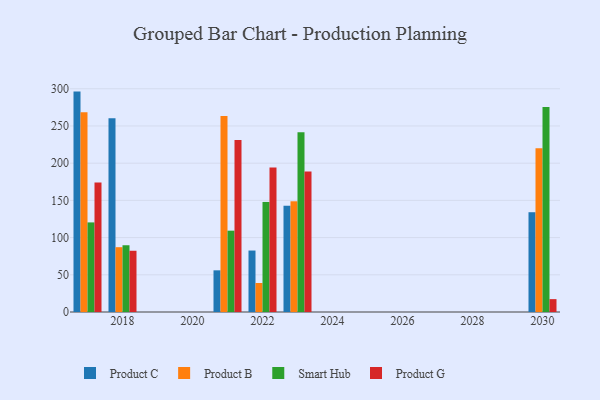
{"axis": {"x": "Year", "y": "Satisfaction Score"}, "legend": ["Product B", "Product C", "Product G", "Smart Hub"], "data": [{"x": "2022", "y": 82.6, "type": "Product C"}, {"x": "2022", "y": 39.0, "type": "Product B"}, {"x": "2022", "y": 147.9, "type": "Smart Hub"}, {"x": "2022", "y": 194.3, "type": "Product G"}, {"x": "2030", "y": 134.1, "type": "Product C"}, {"x": "2030", "y": 220.1, "type": "Product B"}, {"x": "2030", "y": 275.6, "type": "Smart Hub"}, {"x": "2030", "y": 17.3, "type": "Product G"}, {"x": "2023", "y": 142.8, "type": "Product C"}, {"x": "2023", "y": 148.8, "type": "Product B"}, {"x": "2023", "y": 241.5, "type": "Smart Hub"}, {"x": "2023", "y": 188.8, "type": "Product G"}, {"x": "2017", "y": 296.2, "type": "Product C"}, {"x": "2017", "y": 268.3, "type": "Product B"}, {"x": "2017", "y": 120.4, "type": "Smart Hub"}, {"x": "2017", "y": 174.2, "type": "Product G"}, {"x": "2021", "y": 56.0, "type": "Product C"}, {"x": "2021", "y": 263.4, "type": "Product B"}, {"x": "2021", "y": 109.3, "type": "Smart Hub"}, {"x": "2021", "y": 231.2, "type": "Product G"}, {"x": "2018", "y": 260.4, "type": "Product C"}, {"x": "2018", "y": 87.1, "type": "Product B"}, {"x": "2018", "y": 89.7, "type": "Smart Hub"}, {"x": "2018", "y": 82.3, "type": "Product G"}]}